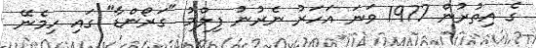
ގެ އިތުރުން 1977 ވަނަ އަހަރު ނެރުނު ފިލްމު "ގަރޯންޑާ" ގައި ހިމެނޭ